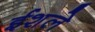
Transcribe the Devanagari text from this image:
ईशले